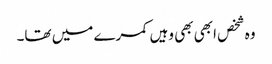
وہ شخص ابھی بھی وہیں کمرے میں تھا۔